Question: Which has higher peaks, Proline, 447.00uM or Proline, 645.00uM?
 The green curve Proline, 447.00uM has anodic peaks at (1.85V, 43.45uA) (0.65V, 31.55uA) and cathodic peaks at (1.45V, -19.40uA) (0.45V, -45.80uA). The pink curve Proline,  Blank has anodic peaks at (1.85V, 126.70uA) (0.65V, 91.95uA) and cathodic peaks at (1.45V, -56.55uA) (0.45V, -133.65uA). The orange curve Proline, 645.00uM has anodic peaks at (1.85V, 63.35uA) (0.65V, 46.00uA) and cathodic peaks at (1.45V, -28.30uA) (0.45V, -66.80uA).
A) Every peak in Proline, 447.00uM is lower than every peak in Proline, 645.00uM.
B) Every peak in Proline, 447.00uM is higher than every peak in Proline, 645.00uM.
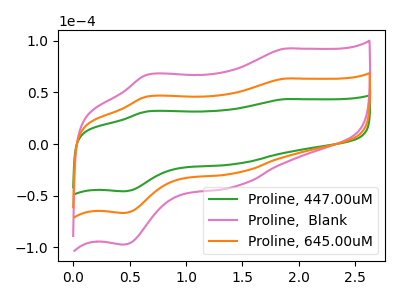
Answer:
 <answer>A) Every peak in "Proline, 447.00uM" is lower than every peak in "Proline, 645.00uM".</answer>
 <eval>A</eval>